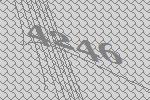
4246